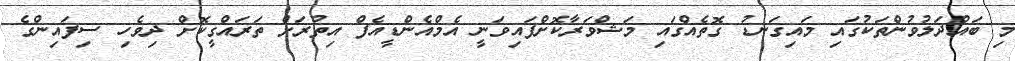
މި ބައްދަލުވުންތަކުގައި މައިގަނޑު ގޮތެއްގައި މަޝްވަރާކޮށްފައިވަނީ އެމްއެންޑީއެފް އިތުރަށް ތަރައްގީކޮށް ދިވެހި ސިފައިންގެ